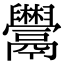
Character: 𩱬